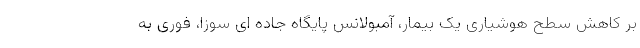
بر کاهش سطح هوشیاری یک بیمار، آمبولانس پایگاه جاده ای سوزا، فوری به